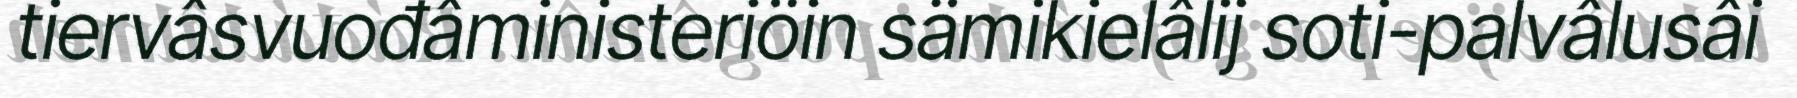
tiervâsvuođâministeriöin sämikielâlij soti-palvâlusâi